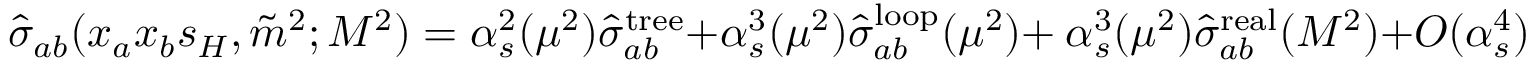
\hat { \sigma } _ { a b } ( x _ { a } x _ { b } s _ { H } , \tilde { m } ^ { 2 } ; M ^ { 2 } ) = \alpha _ { s } ^ { 2 } ( \mu ^ { 2 } ) \hat { \sigma } _ { a b } ^ { \mathrm { t r e e } } + \alpha _ { s } ^ { 3 } ( \mu ^ { 2 } ) \hat { \sigma } _ { a b } ^ { \mathrm { l o o p } } ( \mu ^ { 2 } ) + ~ \alpha _ { s } ^ { 3 } ( \mu ^ { 2 } ) \hat { \sigma } _ { a b } ^ { \mathrm { r e a l } } ( M ^ { 2 } ) + { \cal O } ( \alpha _ { s } ^ { 4 } ) .